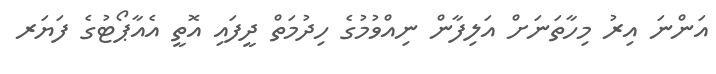
އަންނަ އިރު މިހާތަނަށް އަލިފާން ނިއްވުމުގެ ހިދުމަތް ދީފައި އޮތީ އެއާޕޯޓުގެ ފަޔަރ